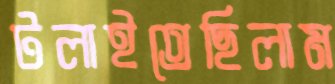
টলাইতেছিলাম